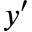
y ^ { \prime }